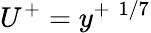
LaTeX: U^{+}={{y^{+}}~^{1/7}}